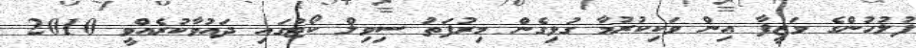
ފުލުހުންގެ ވަޒީފާ އިން ވަކިކުރުމާ ގުޅިގެން މިރުފަތު ސިވިލް ކޯޓުގައި ދައުވާކުރެއްވީ 2010